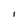
Character: I